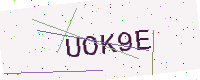
Text: UOK9E